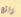
رائع